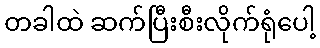
တခါထဲ ဆက်ပြီးစီးလိုက်ရုံပေါ့